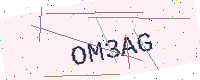
Text: OM3AG